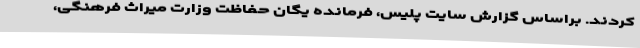
کردند. براساس گزارش سایت پلیس، فرمانده یگان حفاظت وزارت میراث فرهنگی،